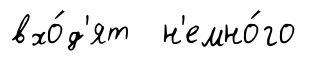
вхо́д'ят н'емно́го